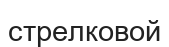
стрелковой